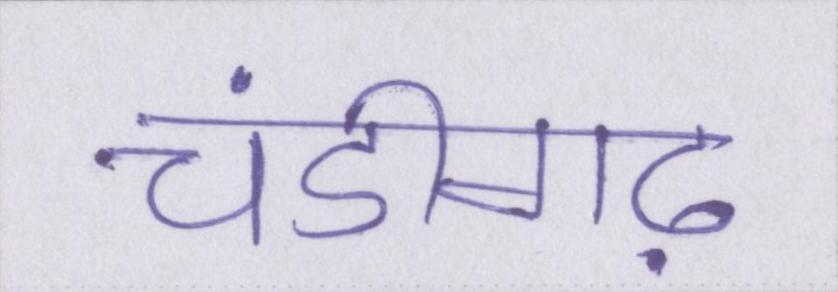
चंडीगढ़